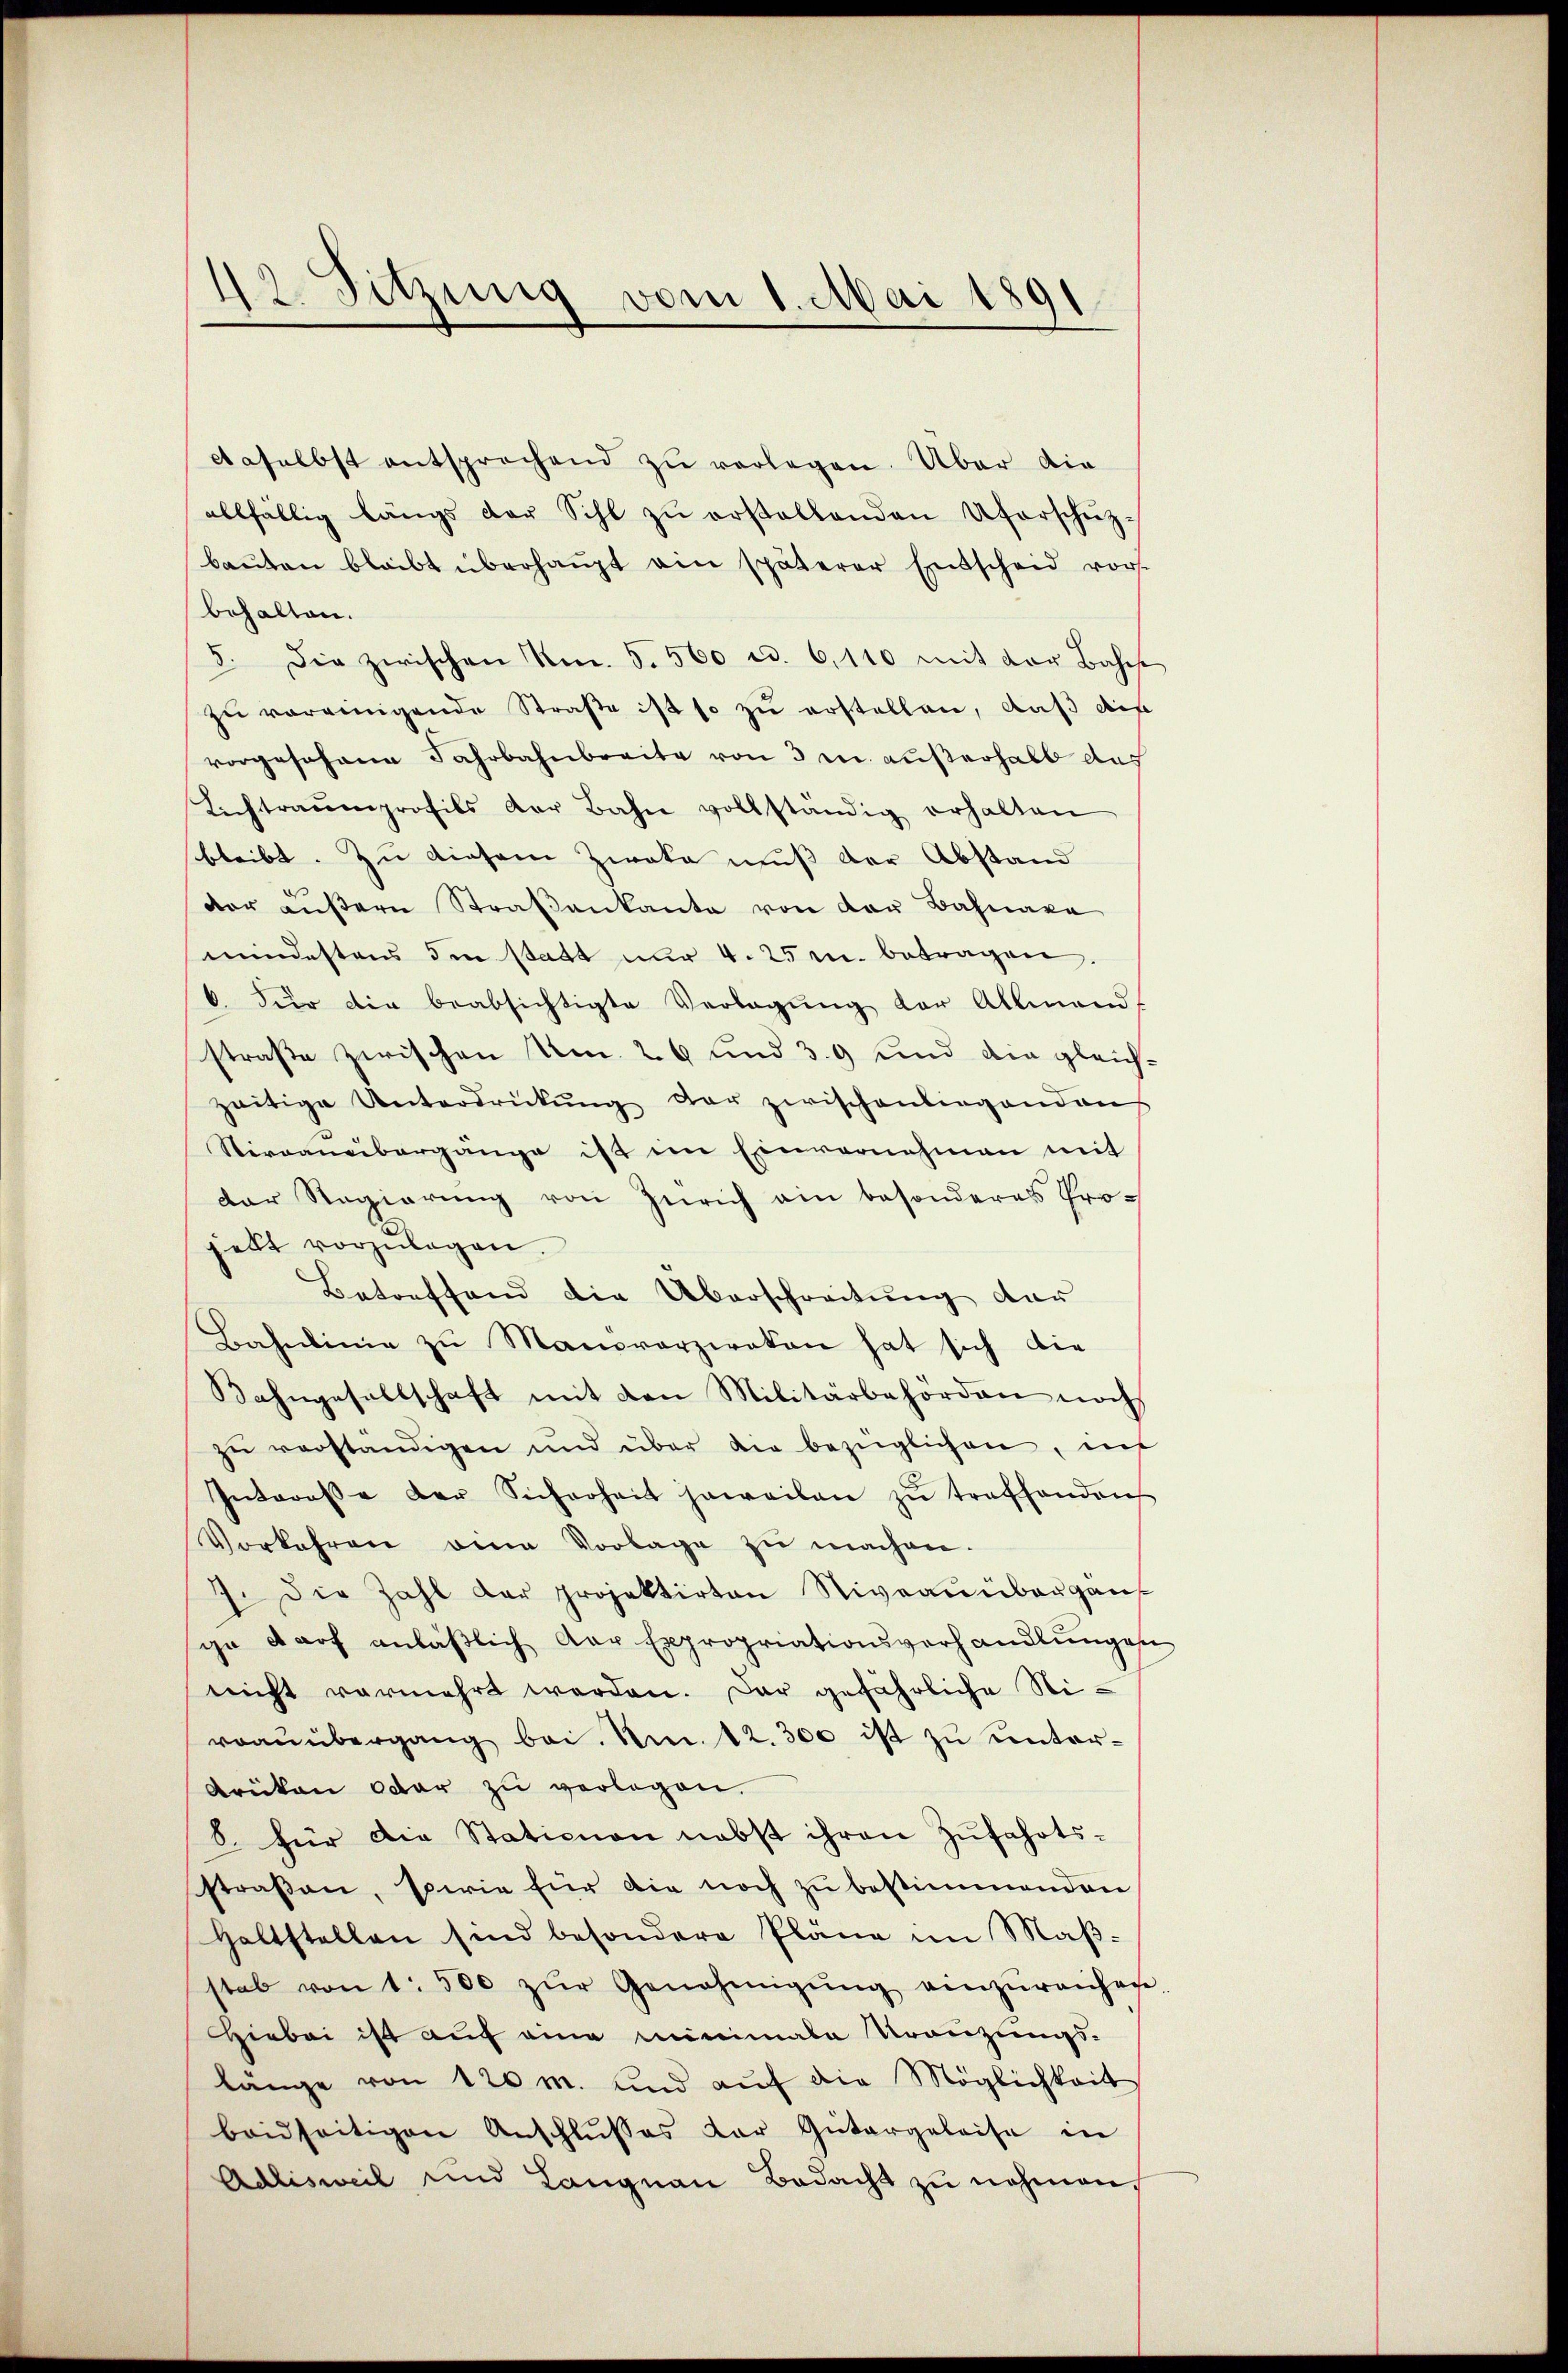
daselbst entsprechend zŭ verlegen. Über die
allfällig längs der Sihl zŭ erstellenden Uferschützbaŭten bleibt überhaupt ein späterer Entscheid vor-
behalten.
5. Die zwischen Nm. 5. 560 ad. 6,110 mit der Bahn
zŭ vereinigende Straße ist so zu erstellen, daß die
vorgesehene Fahrbahnbreite von 3 m außerhalb aus
Lichtraŭmprofils der Bahn vollständig erhalten
bleibt. Zu diesem Zweka muß der Abstand
d
der außern Straßenkante von der Bahnare
mindestens im statt nur 4. 25 u. betragen.
6. für dir beabsichtigte Verlegŭng der Allmend
straße zwischen Um 26 und 39 und die gleichzeitige Unterdrückŭng der zwischenliegendens
Sternaneibargänge ist im Einvernehmen mit
Der Regierung von Zürich ain besonderes Prohelt vorzŭlegen.
Betreffend die Überschreitung der
Bahnlinie zŭ Manoverziraten hat sich die
Bahngesellschaft mit den Militärbehörden noch
zŭ verständigen und über die bezüglichen, in
Interesse der Sicherheit jeweilen zŭ treffenden
Vorkehren eine Vorlage zŭ machen.
7. Die Zahl der projektirten Niveaŭübergans
ga darf anläβlich Aar Expropriationsverhandlungen
nicht vermehrt werden. Der gefährliche Nivraŭübergang bei. Am 12.300 ist zŭ ŭnter¬
Arüken oder zu verlegen.
8. für die Stationen nebst ihren Zufahrtsstraßen, sowie für die noch zu bestimmenden
Haltstellen sind besondere Pläne im Maβ-
stab von 1. 500 zŭr Genehmigŭng einzŭreichen
HHiebei ist auf eine minimala Kranzungs-
länge von 120 m. und aŭf die Möglichkeit
beidseitigen Anschlŭsses der Gütergeleise in
Adlisweil und Langnau Bedacht zu nehmen.

42. Sitzung vom 1. Mai 1891